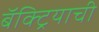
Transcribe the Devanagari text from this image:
बॅक्ट्रियाची